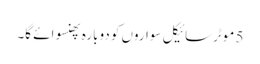
5 موٹرسائیکل سواروں کو دوبارہ پھنسوائے گا۔